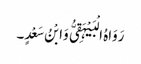
رَوَاہُ الْبَیْہَقِیُّ وَابْنُ سَعْدٍ۔